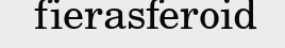
fierasferoid